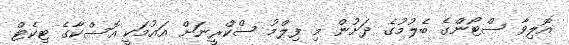
އޮލިވާ ސްޓޯންގެ ބެލުމުގެ ދަށުން މި ފިލްމު ސްކްރީނަށް އައުމަކީ އޮސްކާގެ ޓިކެޓް